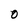
Character: 0